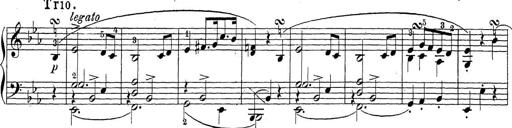
Title: Sonatina Album
Composer: Louis KÃ¶hler